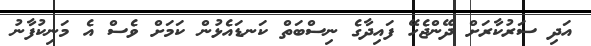
އަދި ސަރުކާރަށް ދޭންޖެހޭ ފައިދާގެ ނިސްބަތް ކަނޑައެޅުން ކަމަށް ވެސް އެ މަނިކުފާނު